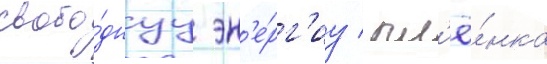
свобо́днуу эн'е́рг'иу / пл'ё́нка